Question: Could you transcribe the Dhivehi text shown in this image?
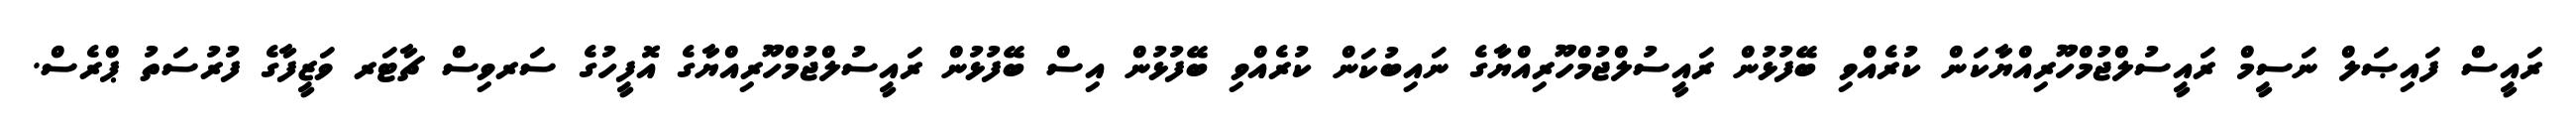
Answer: ރައީސް ފައިޞަލް ނަސީމް ރައީސުލްޖުމްހޫރިއްޔާކަން ކުރެއްވި ބޭފުޅުން ރައީސުލްޖުމްހޫރިއްޔާގެ ނައިބުކަން ކުރެއްވި ބޭފުޅުން އިސް ބޭފުޅުން ރައީސުލްޖުމްހޫރިއްޔާގެ އޮފީހުގެ ސަރވިސް ޗާޓަރ ވަޒީފާގެ ފުރުސަތު ޕްރެސް.